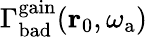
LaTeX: \Gamma_{\mathrm{bad}}^{\mathrm{gain}}(\mathbf{r}_{0},\omega_{\mathrm{a}})